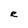
Character: R